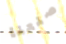
صنعنا